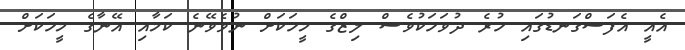
އެއީ އެފަސްގަނޑުގައި ހުރެ ދުވަހަކުވެސް ލިޒްގެ މީހަކަށް ނުވެވޭނެ ކަމާއި އޭނާގެ މީހަކަށް